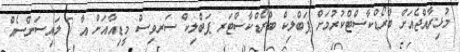
މުޅިރާއްޖެއަށް ބްރޯޑްކާސްޓްކުރުމަށް ޕަބްލިކް ބްރޯޑްކާސްޓަރ ޕަބްލިކް ސަރވިސް މީޑިއާއަށް އާ 7 ލައިސަންސެއް